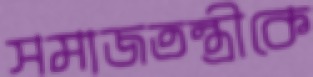
সমাজতন্ত্রীকে